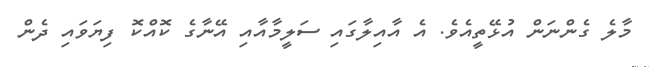
މާލެ ގެންނަން އުޅޭތީއެވެ. އެ އާއިލާގައި ސަލީމާއާއި އޭނާގެ ކޮއްކޮ ފިޔަވައި ދެން